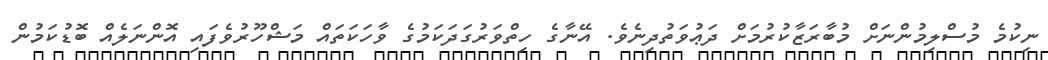
ނިކުމެ މުސްލިމުންނަށް މުބާރަޒާކުރުމަށް ދަޢުވަތުދިނެވެ. އޭނާގެ ހިތްވަރުގަދަކަމުގެ ވާހަކަތައް މަޝްހޫރުވެފައި އޮންނަލެއް ބޮޑުކަމުން